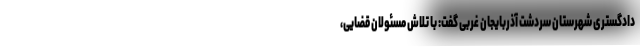
دادگستری شهرستان سردشت آذربایجان غربی گفت: با تلاش مسئولان قضایی،